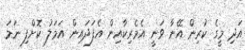
އަދި މީގެ ކުރިން އޭނާ ވަނީ އެމެރިކާއިން އެފަދައިން އަމަލު ކޮށްފި ނަމަ